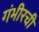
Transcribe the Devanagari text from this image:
गंभीरची